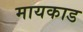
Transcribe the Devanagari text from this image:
मायकाड